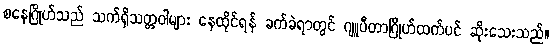
စနေဂြိုဟ်သည် သက်ရှိသတ္တဝါများ နေထိုင်ရန် ခက်ခဲရာတွင် ဂျူပီတာဂြိုဟ်ထက်ပင် ဆိုးသေးသည်။